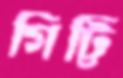
গিট্টি